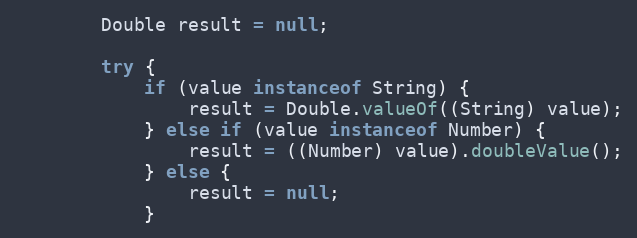
Language: Java
		Double result = null;

		try {
			if (value instanceof String) {
				result = Double.valueOf((String) value);
			} else if (value instanceof Number) {
				result = ((Number) value).doubleValue();
			} else {
				result = null;
			}